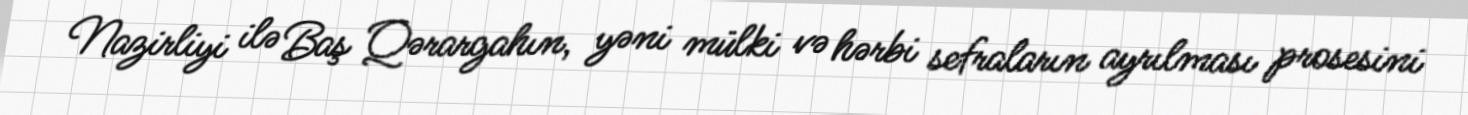
Nazirliyi ilə Baş Qərargahın, yəni mülki və hərbi sefraların ayrılması prosesini